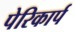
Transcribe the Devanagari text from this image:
पेरिकार्प